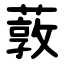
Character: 䔻